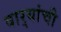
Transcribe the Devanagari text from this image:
वार्‍यांची